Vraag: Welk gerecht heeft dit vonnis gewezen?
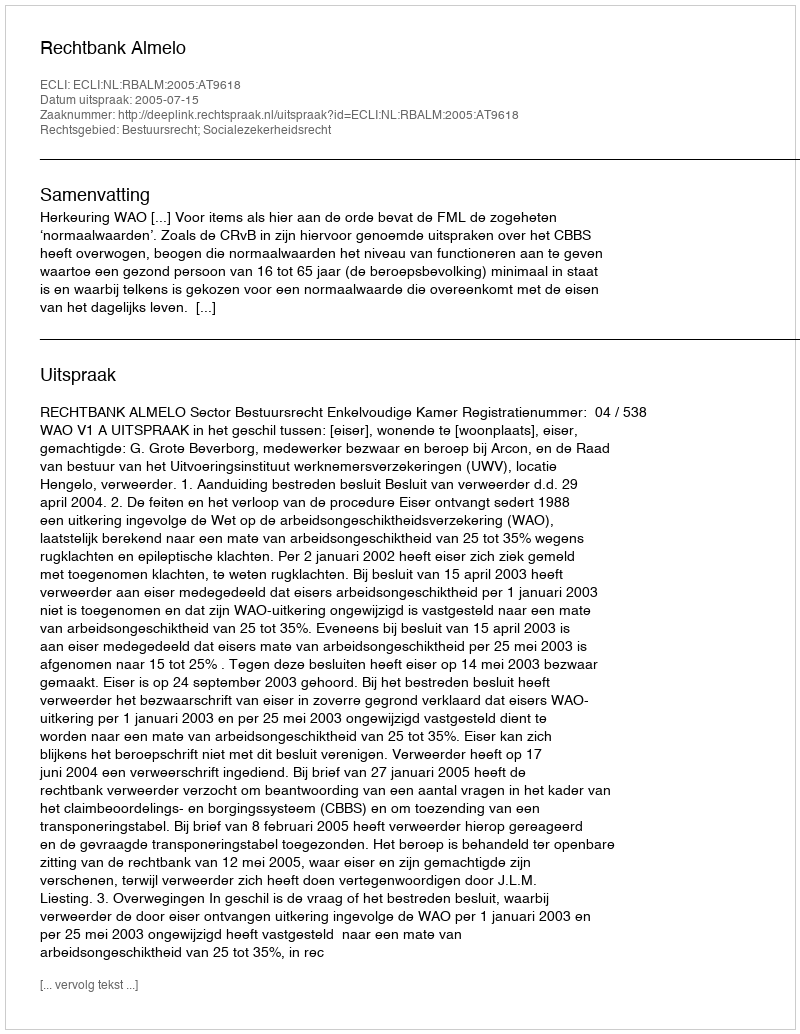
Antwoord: Rechtbank Almelo